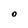
Character: O